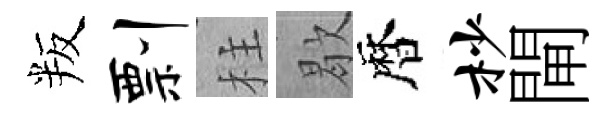
叛剽柱歇暦杪閘